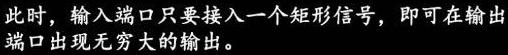
此时，输入端口只要接入一个矩形信号，即可在输出端口出现无穷大的输出。